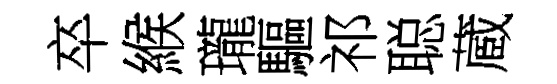
卒緱瓏驅祁聪蔵